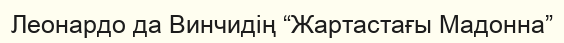
Леонардо да Винчидің “Жартастағы Мадонна”